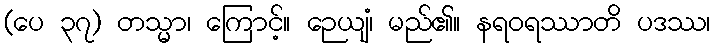
(ပေ ၃၇) တသ္မာ၊ ကြောင့်။ ဉေယျံ၊ မည်၏။ နရဝရဿာတိ ပဒဿ၊